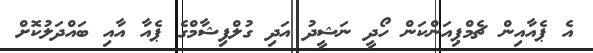
އެ ޕެއާއިން ޗެމްޕިއަންކަން ހޯދީ ނަޝީދު އަދި ގުލްފިޝާމްގެ ޕެއާ އާއި ބައްދަލުކޮށް